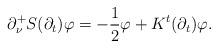
LaTeX: \begin{align*}\partial_\nu^+ S(\partial_t) \varphi = -\frac12 \varphi + K^t(\partial_t) \varphi.\end{align*}